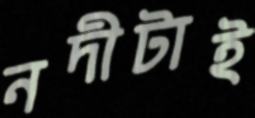
নদীটাই